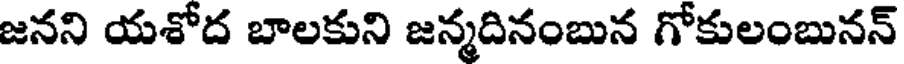
జనని యశోద బాలకుని జన్మదినంబున గోకులంబునన్